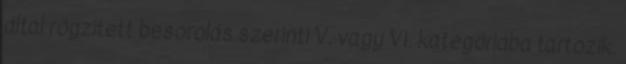
által rögzített besorolás szerinti V. vagy VI. kategóriába tartozik.